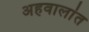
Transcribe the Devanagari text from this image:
अहवालांत